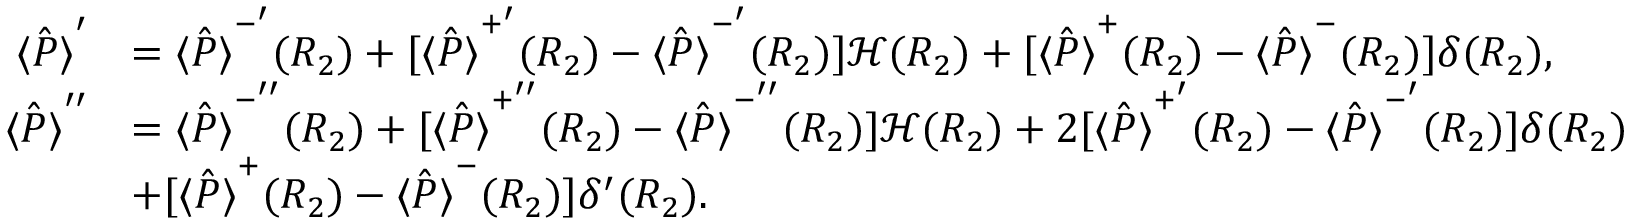
\begin{array} { r l } { \hat { \langle P \rangle } ^ { \prime } } & { = \hat { \langle P \rangle } ^ { - ^ { \prime } } ( R _ { 2 } ) + [ \hat { \langle P \rangle } ^ { + ^ { \prime } } ( R _ { 2 } ) - \hat { \langle P \rangle } ^ { - ^ { \prime } } ( R _ { 2 } ) ] \mathcal { H } ( R _ { 2 } ) + [ \hat { \langle P \rangle } ^ { + } ( R _ { 2 } ) - \hat { \langle P \rangle } ^ { - } ( R _ { 2 } ) ] \delta ( R _ { 2 } ) , } \\ { \hat { \langle P \rangle } ^ { \prime \prime } } & { = \hat { \langle P \rangle } ^ { - ^ { \prime \prime } } ( R _ { 2 } ) + [ \hat { \langle P \rangle } ^ { + ^ { \prime \prime } } ( R _ { 2 } ) - \hat { \langle P \rangle } ^ { - ^ { \prime \prime } } ( R _ { 2 } ) ] \mathcal { H } ( R _ { 2 } ) + 2 [ \hat { \langle P \rangle } ^ { + ^ { \prime } } ( R _ { 2 } ) - \hat { \langle P \rangle } ^ { - ^ { \prime } } ( R _ { 2 } ) ] \delta ( R _ { 2 } ) } \\ & { + [ \hat { \langle P \rangle } ^ { + } ( R _ { 2 } ) - \hat { \langle P \rangle } ^ { - } ( R _ { 2 } ) ] \delta ^ { \prime } ( R _ { 2 } ) . } \end{array}